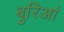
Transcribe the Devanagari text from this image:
बुरिआं